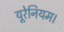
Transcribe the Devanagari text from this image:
यूरेनियम।